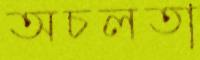
অচলতা